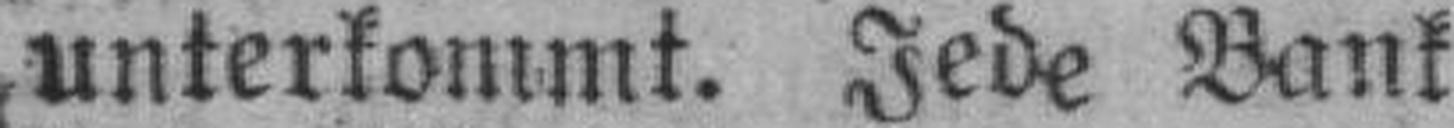
unterkommt. Jede Bank